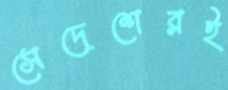
সেদেশেরই